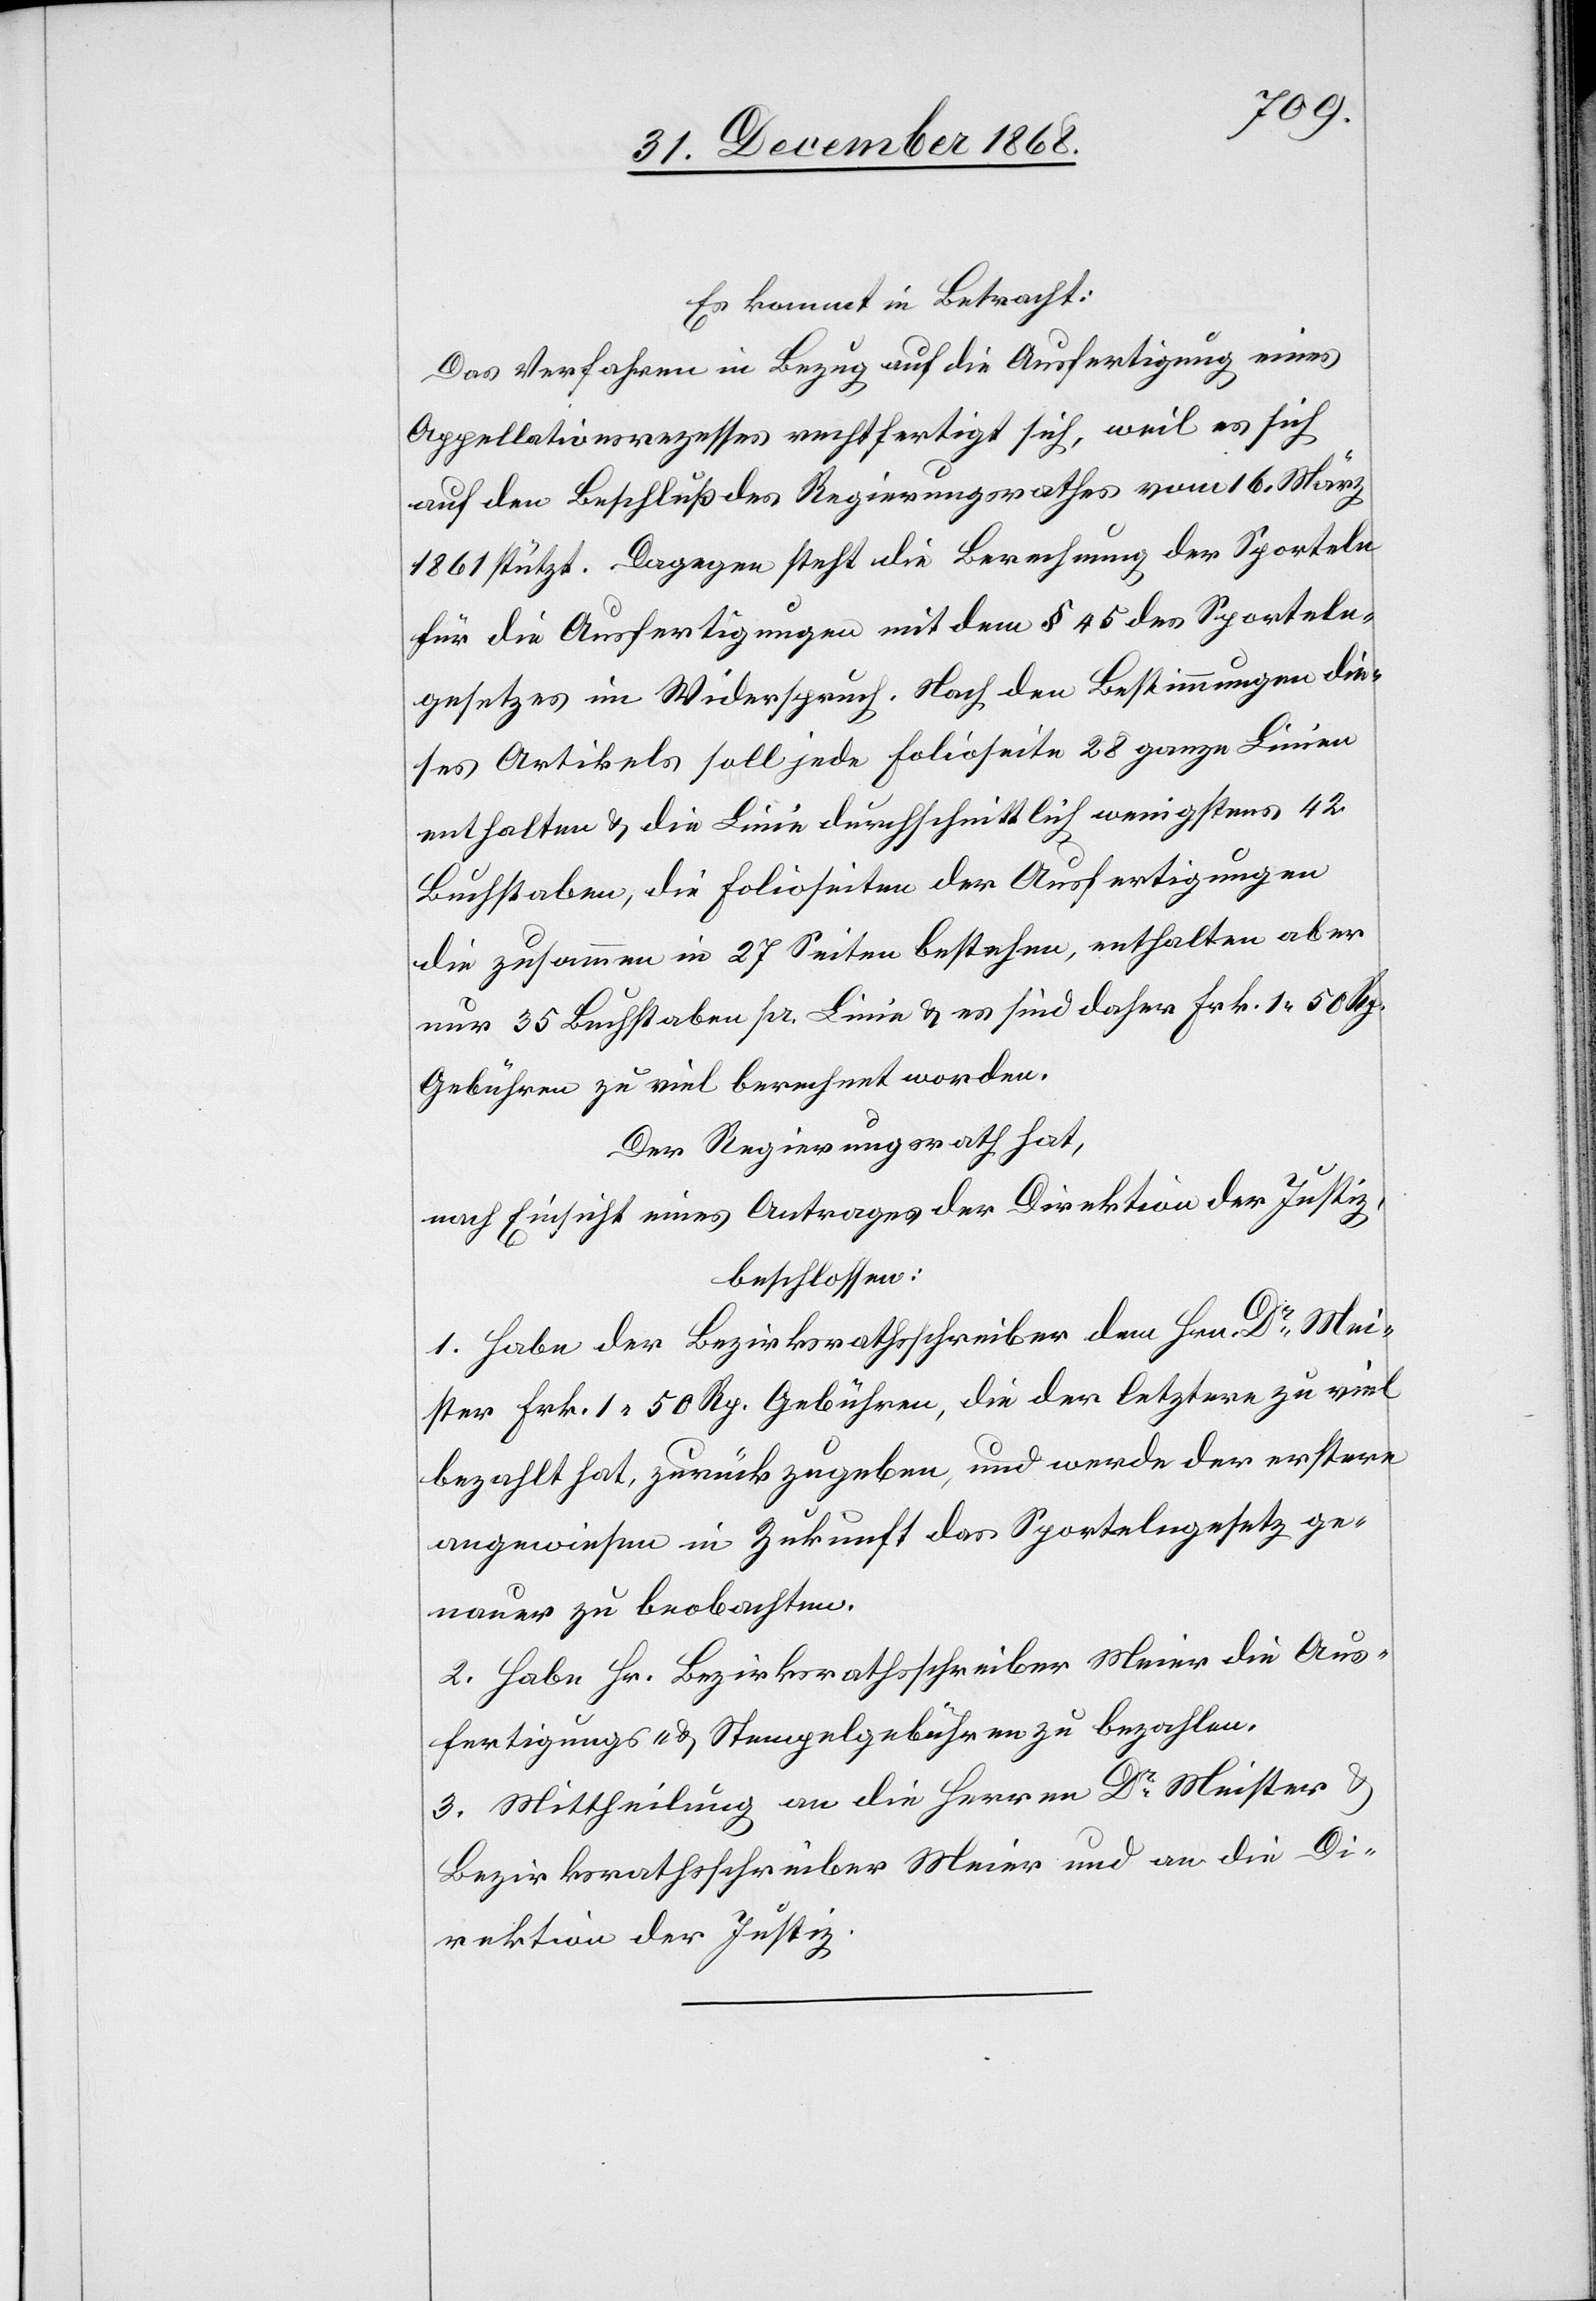
Es kommt in Betracht:
Das Verfahren in Bezug auf die Ausfertigung eines
Appellationsrezesses rechtfertigt sich, weil es sich
auf den Beschluß des Regierungsrathes vom 16. März
1861 stützt. Dagegen steht die Berechnung der Sporteln
für die Ausfertigungen mit dem § 45 des Sporteln¬
gesetzes im Widerspruch. Nach den Bestimmungen die¬
ses Artikels soll jede Folioseite 28 ganze Linien
enthalten & die Linie durchschnittlich wenigstens 42
Buchstaben, die Folioseiten der Ausfertigungen
die zusammen in 27 Seiten bestehen, enthalten aber
nur 35 Buchstaben pr. Linie & es sind daher Frk. 1 50 Rp.
Gebühren zu viel berechnet worden.
Der Regierungsrath hat,
nach Einsicht eines Antrages der Direktion der Justiz,
beschlossen:
1. Habe der Bezirksrathsschreiber dem Hrn. Dr Mei¬
ster Frk. 1 50 Rp. Gebühren, die der letztere zu viel
bezahlt hat, zurückzugeben, und werde der erstere
angewiesen in Zukunft das Sportelngesetz ge¬
nauer zu beobachten.
2. Habe Hr. Bezirksrathsschreiber Meier die Aus¬
fertigungs- & Stempelgebühren zu bezahlen.
3. Mittheilung an die Herren Dr Meister &
Bezirksrathsschreiber Meier und an die Di¬
rektion der Justiz.